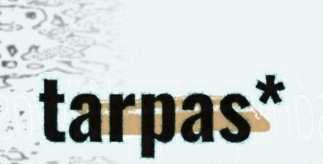
tarpas*